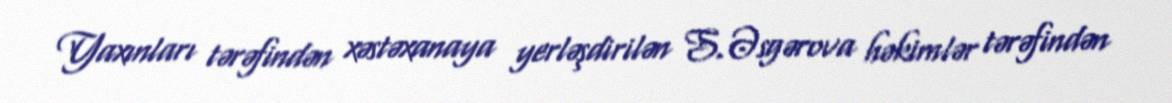
Yaxınları tərəfindən xəstəxanaya yerləşdirilən S.Əsgərova həkimlər tərəfindən